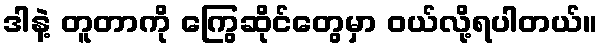
ဒါနဲ့ တူတာကို ကြွေဆိုင်တွေမှာ ဝယ်လို့ရပါတယ်။